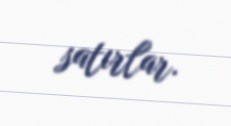
satırlar.